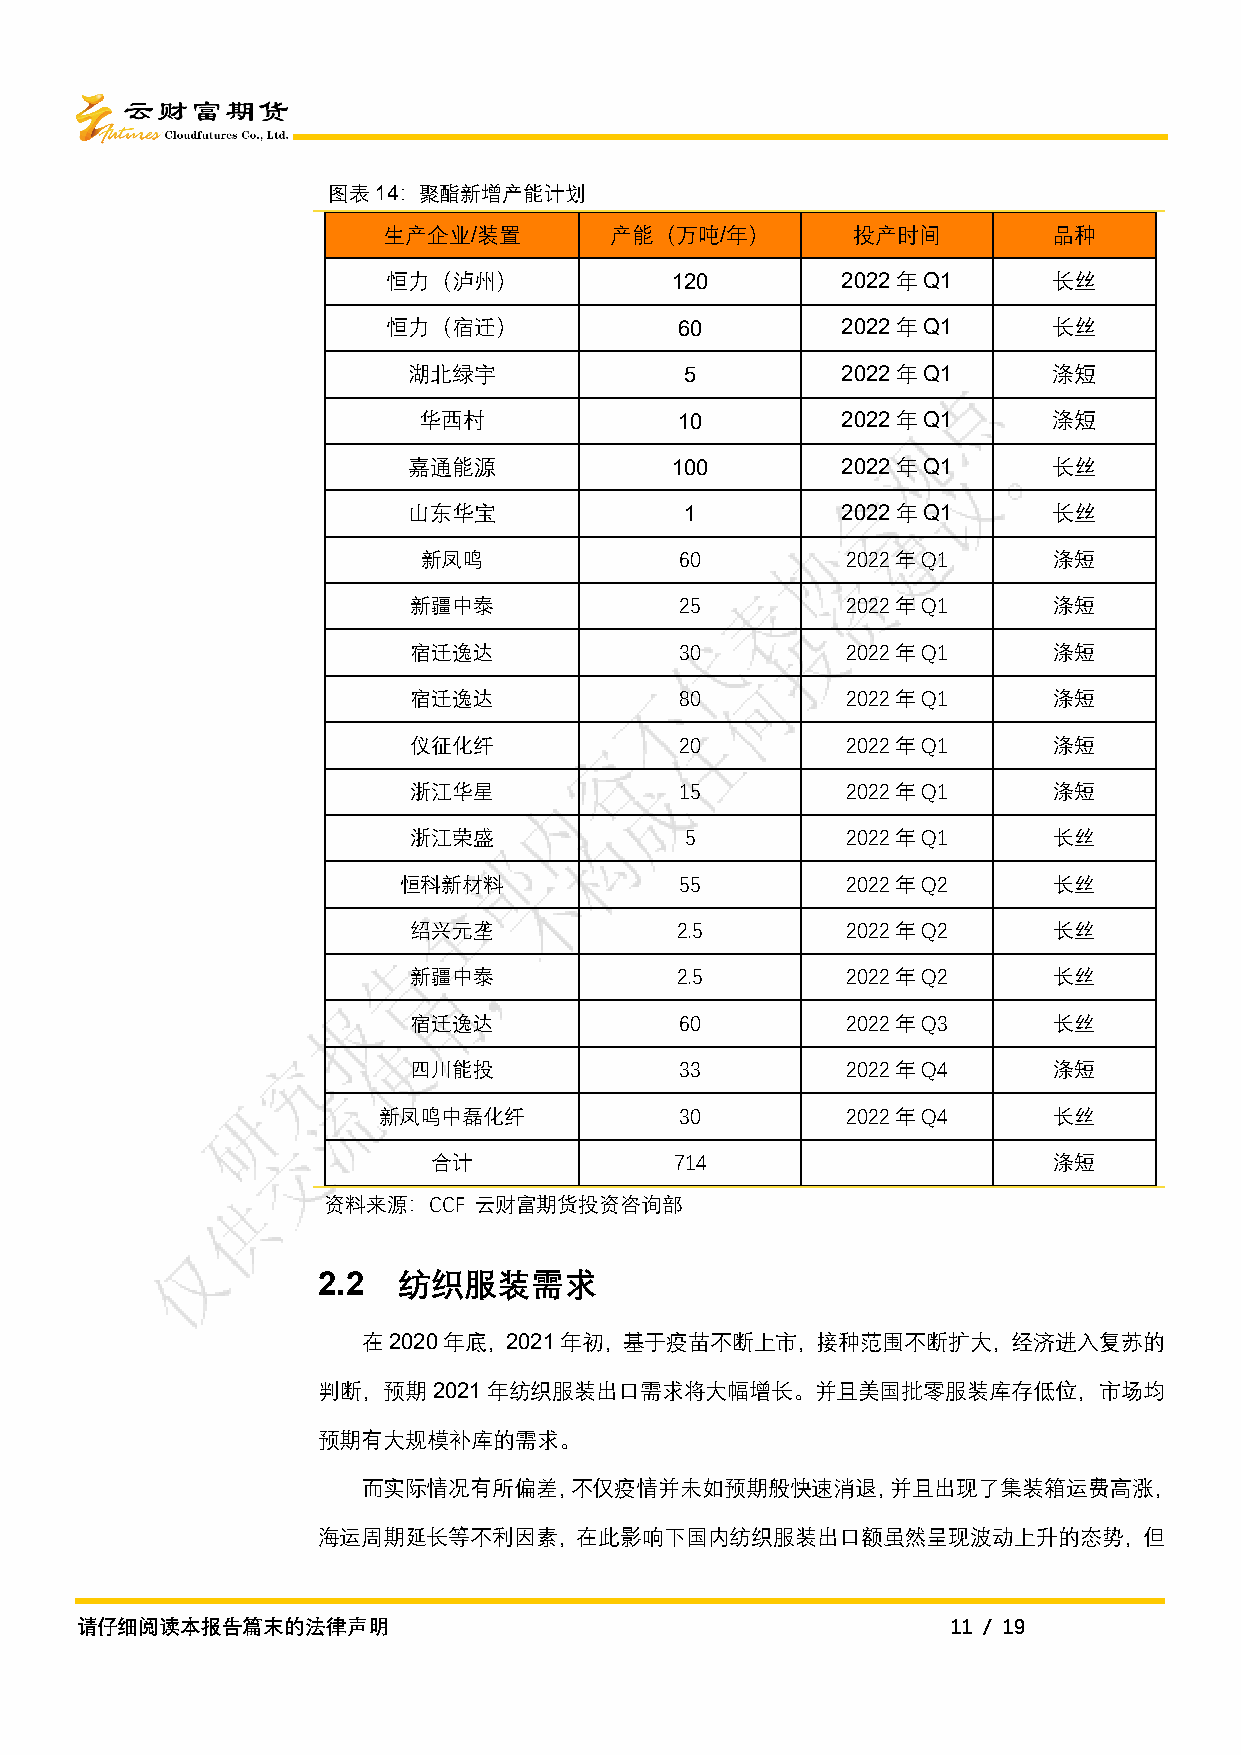
图表14：聚酯新增产能计划
 生产企业/装置        产能（万吨/年）        投产时间          品种
 恒力（泸州）            120         2022年Q1       长丝
 恒力（宿迁）             60         2022年Q1       长丝
 湖北绿宇              5          2022年Q1       涤短
 华西村              10         2022年Q1       涤短
 嘉通能源             100         2022年Q1       长丝
 山东华宝              1          2022年Q1       长丝
 新凤鸣              60         2022年Q1       涤短
 新疆中泰              25         2022年Q1       涤短
 宿迁逸达              30         2022年Q1       涤短
 宿迁逸达              80         2022年Q1       涤短
 仪征化纤              20         2022年Q1       涤短
 浙江华星              15         2022年Q1       涤短
 浙江荣盛              5          2022年Q1       长丝
 恒科新材料              55         2022年Q2       长丝
 绍兴元垄              2.5        2022年Q2       长丝
 新疆中泰              2.5        2022年Q2       长丝
 宿迁逸达              60         2022年Q3       长丝
 四川能投              33         2022年Q4       涤短
 新凤鸣中磊化纤             30         2022年Q4       长丝
 合计              714                      涤短
 资料来源：CCF  云财富期货投资咨询部
 2.2  纺织服装需求
 在2020年底，2021年初，基于疫苗不断上市，接种范围不断扩大，经济进入复苏的
 判断，预期2021年纺织服装出口需求将大幅增长。并且美国批零服装库存低位，市场均
 预期有大规模补库的需求。
 而实际情况有所偏差，不仅疫情并未如预期般快速消退，并且出现了集装箱运费高涨，
 海运周期延长等不利因素，在此影响下国内纺织服装出口额虽然呈现波动上升的态势，但
 请仔细阅读本报告篇末的法律声明                                           11 / 19